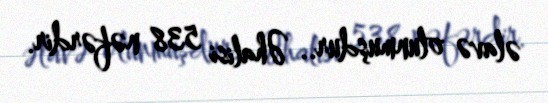
əlavə olunmuşdur.. Əhalisi 538 nəfərdir.